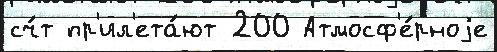
сч́т пр'ил'ета́ют 200 Атмосф'е́рноjе